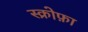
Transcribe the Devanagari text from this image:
स्क्रोफ़ा